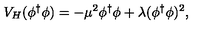
V _ { H } ( \phi ^ { \dagger } \phi ) = - \mu ^ { 2 } \phi ^ { \dagger } \phi + \lambda ( \phi ^ { \dagger } \phi ) ^ { 2 } ,